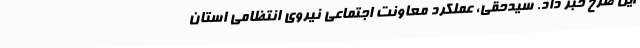
این طرح خبر داد. سیدحقی، عملکرد معاونت اجتماعی نیروی انتظامی استان